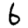
Digit: 6